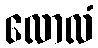
လောလံ